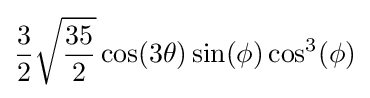
{\frac {3}{2}}{\sqrt {\frac {35}{2}}}\cos(3\theta )\sin(\phi )\cos ^{3}(\phi )